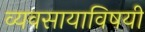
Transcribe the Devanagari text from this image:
व्यवसायाविषयी